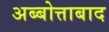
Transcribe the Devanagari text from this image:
अब्बोत्ताबाद